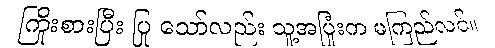
ကြိုးစားပြီး ပြု သော်လည်း သူ့အပြုံးက မကြည်လင်။